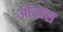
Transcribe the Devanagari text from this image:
ओरम्स